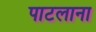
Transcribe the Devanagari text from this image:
पाटलाना